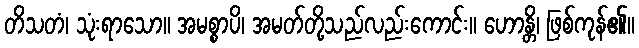
တိသတံ၊ သုံးရာသော။ အမစ္စာပိ၊ အမတ်တို့သည်လည်းကောင်း။ ဟောန္တိ၊ ဖြစ်ကုန်၏။